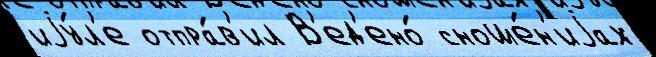
иjу́л'е отпра́в'ил В'ед'ено́ сноше́н'иjах